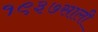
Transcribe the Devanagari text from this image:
१९३७साली